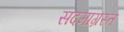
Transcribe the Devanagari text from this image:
सदमाग्रस्त